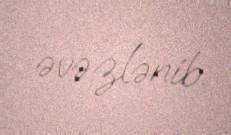
əvəzlənib.